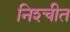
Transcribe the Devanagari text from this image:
निश्‍चीत